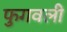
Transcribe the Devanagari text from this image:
फुगवली